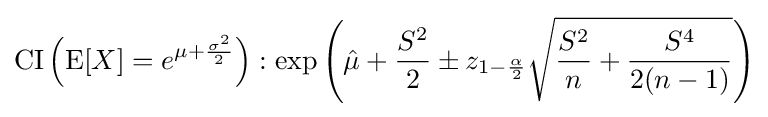
\mathrm {CI} \left(\operatorname {E} [X]=e^{\mu +{\frac {\sigma ^{2}}{2}}}\right):\exp \left({\hat {\mu }}+{\frac {S^{2}}{2}}\pm z_{1-{\frac {\alpha }{2}}}{\sqrt {{\frac {S^{2}}{n}}+{\frac {S^{4}}{2(n-1)}}}}\right)